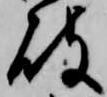
破